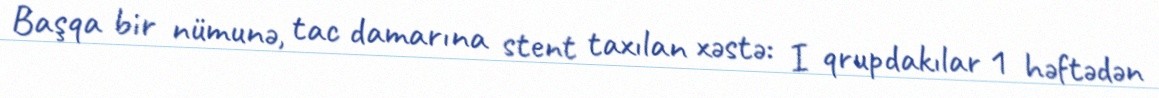
Başqa bir nümunə, tac damarına stent taxılan xəstə: I qrupdakılar 1 həftədən